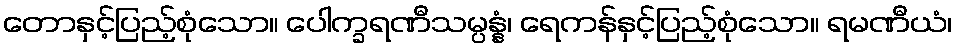
တောနှင့်ပြည့်စုံသော။ ပေါက္ခရဏီသမ္ပန္နံ၊ ရေကန်နှင့်ပြည့်စုံသော။ ရမဏီယံ၊